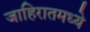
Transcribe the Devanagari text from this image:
जाहिरातमध्ये